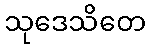
သုဒေသိတေ